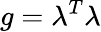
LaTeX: g=\lambda^{T}\lambda